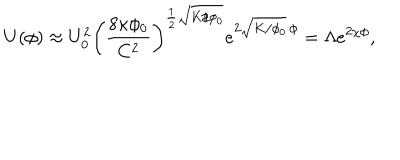
LaTeX: U ( \phi ) \approx U _ { 0 } ^ { 2 } \left( \frac { 8 \kappa \phi _ { 0 } } { C ^ { 2 } } \right) ^ { \frac 1 2 \sqrt { K / \phi _ { 0 } } } e ^ { 2 \sqrt { K / \phi _ { 0 } } \, \phi } = \Lambda e ^ { 2 \chi \phi } ,